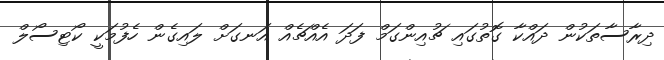
ދިރާސާތަކުން ދައްކާ ގޮތުގައި ޗުއިންގަމް ފަދަ އެއްޗެއް އަނގަށް ލައިގެން ހެފުމަކީ ކޯޓިސޯލް